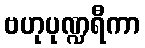
ဗဟုပုဏ္ဍရီကာ